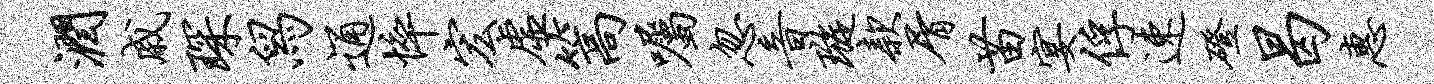
润戚琛舄通悴宏虚篙嘱忽音璇款屑苗宴俘速磴曷惠